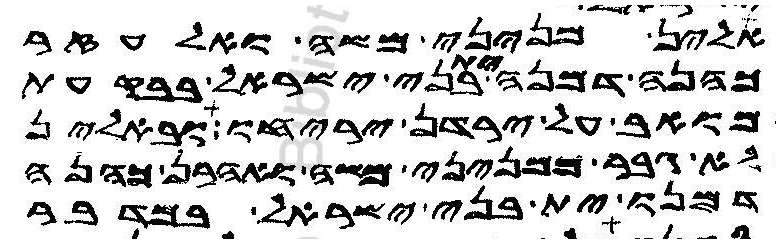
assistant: אלין מניני משה ואלעזר
כהנה דמנה ית בני ישראל בבקעת
מואב על ירדן יריחו ובאלין
גבר ממניני משה ואהרן כהנה
דמנו ית בני ישראל במדבר